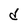
Character: d